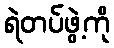
ရဲတပ်ဖွဲ့ကို